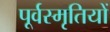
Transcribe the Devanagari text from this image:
पूर्वस्मृतियों